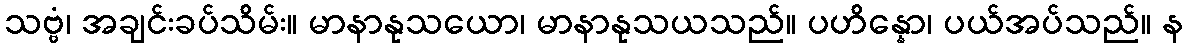
သဗ္ဗံ၊ အချင်းခပ်သိမ်း။ မာနာနုသယော၊ မာနာနုသယသည်။ ပဟိန္နော၊ ပယ်အပ်သည်။ န